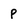
Character: P